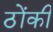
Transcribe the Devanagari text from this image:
ठोंकी